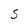
Character: S